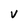
Character: V